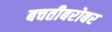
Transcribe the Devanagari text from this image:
बचतीबरोबर